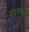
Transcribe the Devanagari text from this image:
इंद्रमणी